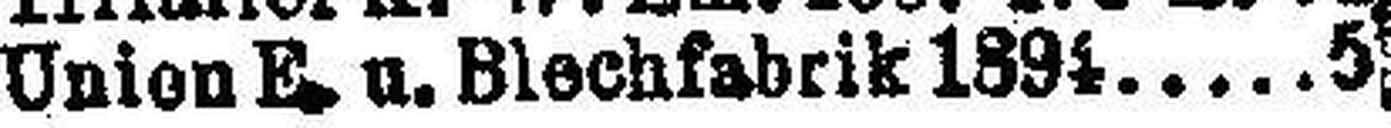
Union E. u. Blechfabrik 1894 5